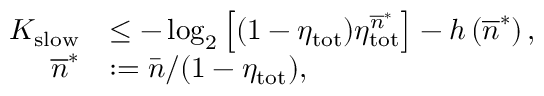
\begin{array} { r l } { K _ { \mathrm { s l o w } } } & { \leq - \log _ { 2 } \left[ ( 1 - \eta _ { \mathrm { t o t } } ) \eta _ { \mathrm { t o t } } ^ { \overline { { n } } ^ { \ast } } \right] - h \left( \overline { { n } } ^ { \ast } \right) , } \\ { \overline { { n } } ^ { \ast } } & { : = \bar { n } / ( 1 - \eta _ { \mathrm { t o t } } ) , } \end{array}